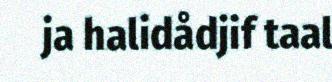
ja halidådjif taal